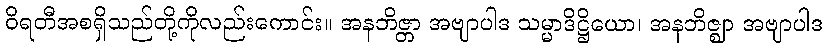
ဝိရတီအစရှိသည်တို့ကိုလည်းကောင်း။ အနဘိဇ္တာ အဗျာပါဒ သမ္မာဒိဋ္ဌိယော၊ အနဘိဇ္ဈာ အဗျာပါဒ